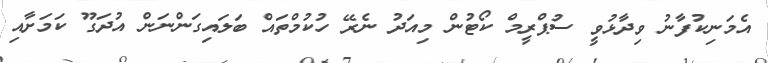
އެމަނިކުފާނު ވިދާޅުވީ ސުޕްރީމް ކޯޓުން މިއަދު ނެރޭ ހުކުމްތައް ބަލައިގަންނަން އުދަގޫ ކަމަށާއި